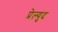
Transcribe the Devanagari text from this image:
प्रेल्युद